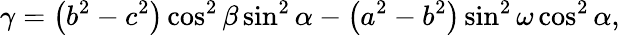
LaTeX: \gamma={\bigl(}b^{2}-c^{2}{\bigr)}\cos^{2}\beta\sin^{2}\alpha-{\bigl(}a^{2}-b^{2}{\bigl)}\sin^{2}\omega\cos^{2}\alpha,